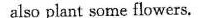
also plant some flowers.